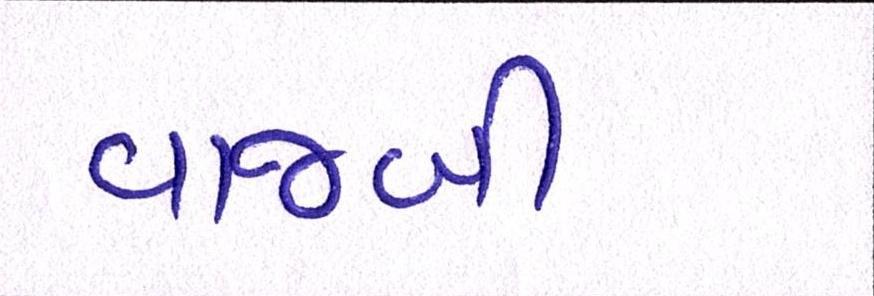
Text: વાજબી